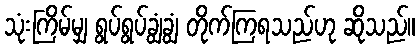
သုံးကြိမ်မျှ ရွပ်ရွပ်ချွံချွံ တိုက်ကြရသည်ဟု ဆိုသည်။